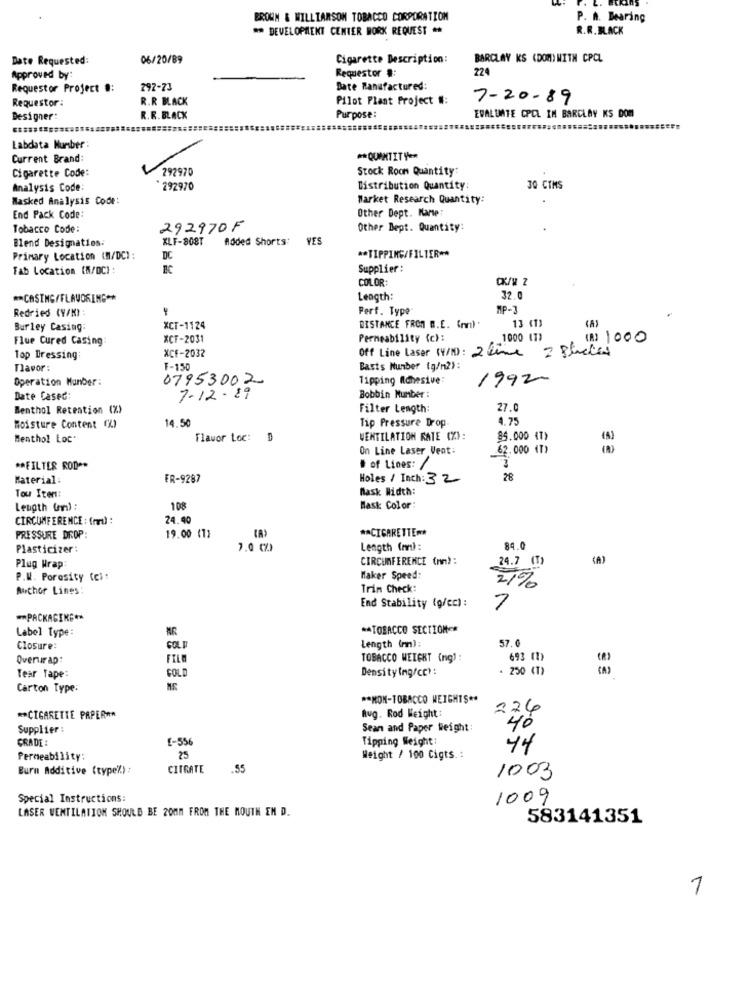
BROWN & WILLIAMSON TOBACCO CORPORATION
P. h. Bearing
** DEVELOPMENT CENTER WORK REQUEST
R.R. BLACK
Date Requested:
06/20/89
Cigarette Description:
BARCLAY KS (DOM) WITH CPCL
Requestor #
224
Approved by:
Requestor Project .:
292-23
Bate Manufactured:
Requestor :
R.R BLACK
Pilot Plant Project #:
7-20-89
Designer:
R.R. BLACK
Purpose:
EVALUATE CPCL IM BARCLAY KS DOM
Labdata Number:
Current Brand:
** QUANTITY **
Cigarette Code:
292970
Stock Room Quantity:
Analysis Code:
292970
Distribution Quantity:
30 CTMS
Masked Analysis Code:
Market Research Quantity:
Other Dept. Marte:
End Pack Code:
Tobacco Code:
292970F
Other Dept. Quantity:
Blend Designation:
XLF-808T
Added Shorts: V
Primary Location (M/DC) :
DC
** TIPPING/FILTER **
Fab Location (N/DC) :
Supplier :
COLOR:
** CASING/FLAVORING **
Length:
32.0
Redried (Y/K) :
Perf. Type
MP-
13 (1)
Burley Casing:
XCT-1124
DISTANCE FROM W.E. (man) :
Flue Cured Casing:
XCF-2031
Permeability (c):
1000 (T)
(A) 1000
Off Line Laser (4/1) : 2 time 2 photos
Top Dressing:
XCF-2032
Tlapor:
F-150
Basis Number (g/m2):
Operation Manber:
07953002
Tipping Adhesive:
1992
Date Cased:
7-12-19
Bobbin Number :
Menthol Retention (%)
Filter Length
27.0
14.50
Tip Pressure Drop.
4.75
Moisture Content (A)
Menthol Loc
Flavor Loc:
VENTILATION RATE (%):
85.000 (T)
On Line Laser Vent:
62.000 (T)
** FILTER ROD **
# of Lines: /
Material:
FR-9287
Holes / Inch: 32
28
Mask Width:
Tou Item:
Length (en) :
108
Mask Color
CIRCUMFERENCE : (md) :
24.90
** CIGARETTE **
PRESSURE DROP:
19.00 (1)
Plasticizer:
7.0 (A)
Length (m) :
84.0
CIRCUMFERENCE (nm) :
24.7 (T)
Plug Wrap:
P.W. Porosity (c) :
Maker Speed:
21%
Auchor Lines:
Trin Check:
End Stability (g/ec):
7
** PACKAGING **
Label type:
** TOBACCO SECTION*
57.0
Closure:
GOLF
Length (m)
Overurap:
FILM
TOBACCO WEIGHT ing)
693 (1)
GOLD
Density (mgrcc':
. 250 (T)
Tear Tape:
Carton Type:
** NON-TOBACCO WEIGHTS **
276
** CIGARETTE PAPER **
Rug. Rod Weight:
Supplier :
Sean and Paper Weight :
40
GRADE
E-556
Tipping Weight
44
Permeability:
25
Weight / 100 Cigts .:
Burn Additive (type%):
CITRATE
.35
1003
Special Instructions:
1009
LASER VENTILATION SHOULD BE 20MM FROM THE MOUTH EM D.
583141351
1